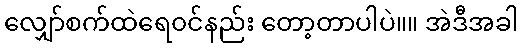
လျှော်စက်ထဲရေ၀င်နည်း တော့တာပါပဲ။။ အဲဒီအခါ